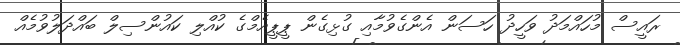
ރައީސް މުހައްމަދު ވަހީދު ހަސަން އެންގެވުމާއި ގުޅިގެން ޕީޕީއެމްގެ ކުއްލި ކައުންސިލް ބައްދަލުވުމެއް